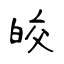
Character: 皎